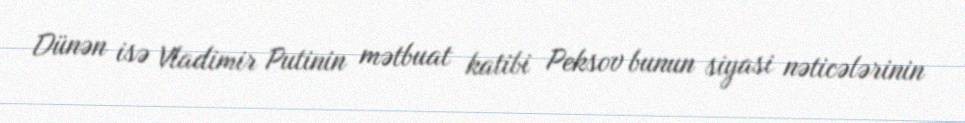
Dünən isə Vladimir Putinin mətbuat katibi Peksov bunun siyasi nəticələrinin